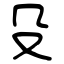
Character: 殳